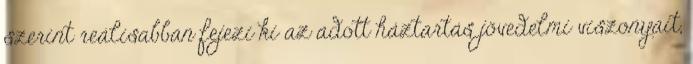
szerint reálisabban fejezi ki az adott háztartás jövedelmi viszonyait,